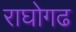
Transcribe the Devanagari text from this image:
राघोगढ